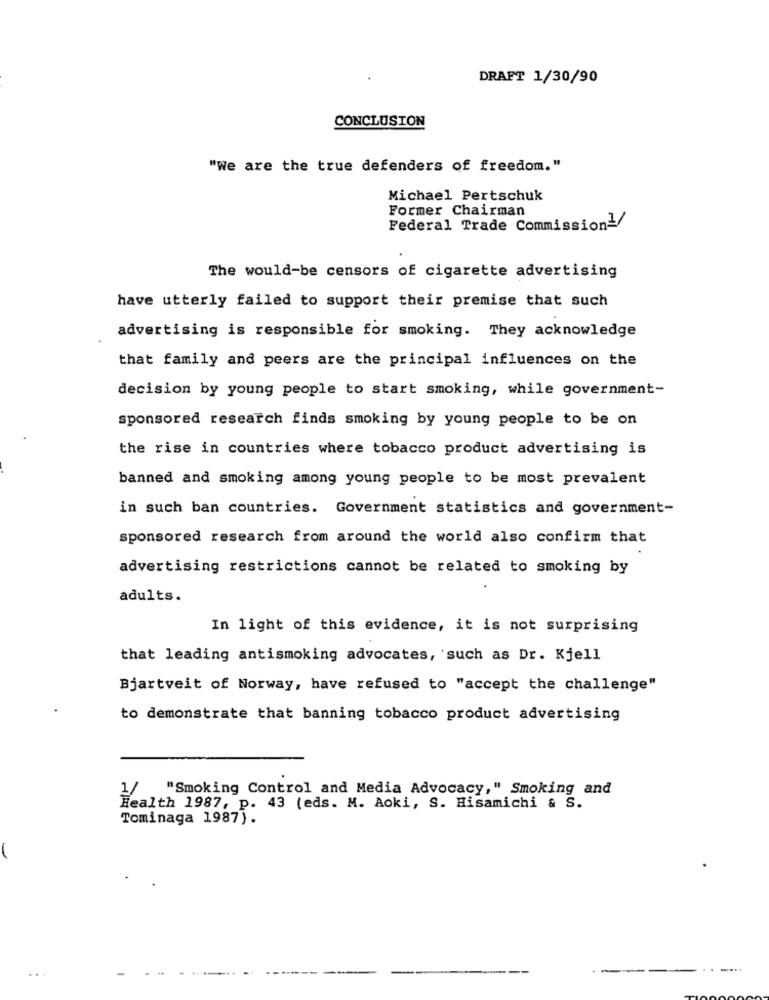
DRAFT 1/30/90
CONCLUSION
"we are the true defenders of freedom."
Michael Pertschuk
Former Chairman
Federal Trade Commission1/
The would-be censors of cigarette advertising
have utterly failed to support their premise that such
advertising is responsible for smoking. They acknowledge
that family and peers are the principal influences on the
decision by young people to start smoking, while government-
sponsored research finds smoking by young people to be on
the rise in countries where tobacco product advertising is
banned and smoking among young people to be most prevalent
in such ban countries. Government statistics and government-
sponsored research from around the world also confirm that
advertising restrictions cannot be related to smoking by
adults.
In light of this evidence, it is not surprising
that leading antismoking advocates, such as Dr. Kjell
Bjartveit of Norway, have refused to "accept the challenge"
to demonstrate that banning tobacco product advertising
1/
"Smoking Control and Media Advocacy," Smoking and
Health 1987, p. 43 (eds. M. Aoki, S. Hisamichi & S.
Tominaga 1987).
...
----